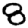
Digit: 8